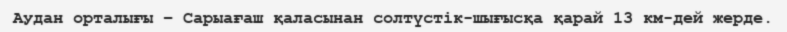
Аудан орталығы – Сарыағаш қаласынан солтүстік-шығысқа қарай 13 км-дей жерде.